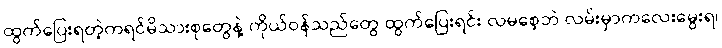
ထွက်ပြေးရတဲ့ကရင်မိသားစုတွေနဲ့ ကိုယ်ဝန်သည်တွေ ထွက်ပြေးရင်း လမစေ့ဘဲ လမ်းမှာကလေးမွေးရ၊